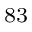
_ { 8 3 }